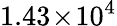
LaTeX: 1.43\! \times\! 10^{4}